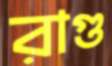
রাগু